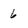
Character: 6